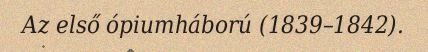
Az első ópiumháború (1839–1842).